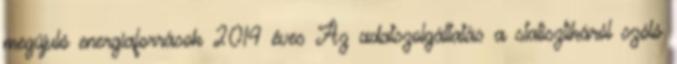
megújuló energiaforrások 2014 éves Az adatszolgáltatás a statisztikáról szóló